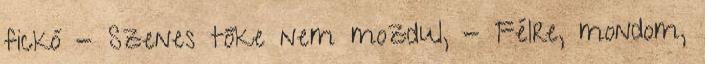
fickó - Szenes tőke nem mozdul, - Félre, mondom,